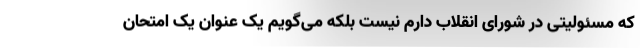
که مسئولیتی در شورای انقلاب دارم نیست بلکه می‌گویم یک عنوان یک امتحان